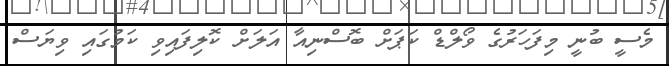
މެސީ ބުނީ މިފަހަރުގެ ވޯލްޑް ކަޕަށް ބޮސްނިއާ އަލަށް ކޮލިފައިވި ކަމުގައި ވިޔަސް